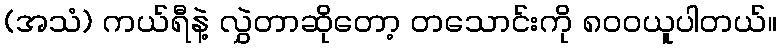
(အသံ) ကယ်ရီနဲ့ လွှဲတာဆိုတော့ တသောင်းကို ၈၀၀ယူပါတယ်။